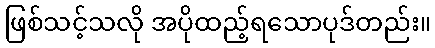
ဖြစ်သင့်သလို အပိုထည့်ရသောပုဒ်တည်း။